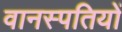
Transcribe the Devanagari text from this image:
वानस्पतियों